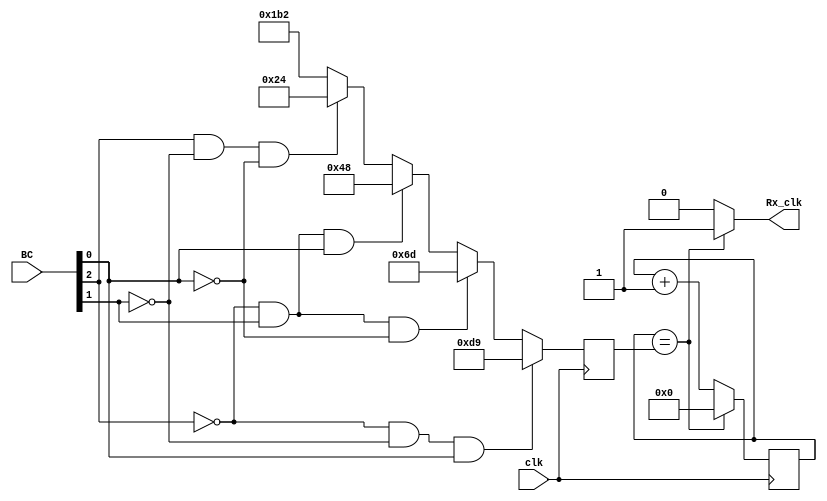
// This program was cloned from: https://github.com/SimNabong/UART-Transmitter-and-Receiver-with-Verilog
// License: MIT License

module BaudControl(
	input clk, //50MHz clk//User Input Baud controls
	input [2:0]BC, //baud controller conditions
	output reg Rx_clk //Clk with modified BPS
);

	//top 5 most used baud rates
	//50Mhz/bps=clkfrequency/bps
	parameter Baud_9600 = 9'd434; //9600 bauds * 12 = 112500 bps;
	parameter Baud_19200 = 9'd217; //19200 bauds * 12 = 230400 bps;
	parameter Baud_38400 = 9'd109; //38400 bauds * 12 =  460800 bps; with 108=462963bps
	parameter Baud_57600 = 9'd72; //57600 bauds * 12 = 691200 bps; 694444
	parameter Baud_115200 = 9'd36; //115200 bauds * 12 = 1382400 bps;


	reg [8:0] Cntr = 9'd0; //counter register
	reg [8:0] Max_Cntr1; //max counter register
	wire [8:0] Max_Cntr; //net for the max counter
		
	//BC conditions that picks the baud rate 
	assign Max_Cntr=(~BC[2]&~BC[1]&BC[0])?Baud_19200:(~BC[2]&BC[1]&~BC[0])?Baud_38400:(~BC[2]&BC[1]&BC[0])?Baud_57600:(BC[2]&~BC[1]&~BC[0])?Baud_115200:Baud_9600;
	
	always@(posedge clk) begin //loads the value of the max counter
		Max_Cntr1 <= Max_Cntr;
	end
		
	
	always@(posedge clk) begin //updates and increments the counter
		if(Cntr==Max_Cntr1) 
			Cntr <= 9'd0;
		else
			Cntr <= Cntr + 1'b1;
	end
	
	always@(*) begin //toggles Txo_clk
		if(Cntr==Max_Cntr1)
			Rx_clk <= 1'b1;
		else
			Rx_clk <= 1'b0;
	end
	
	
endmodule